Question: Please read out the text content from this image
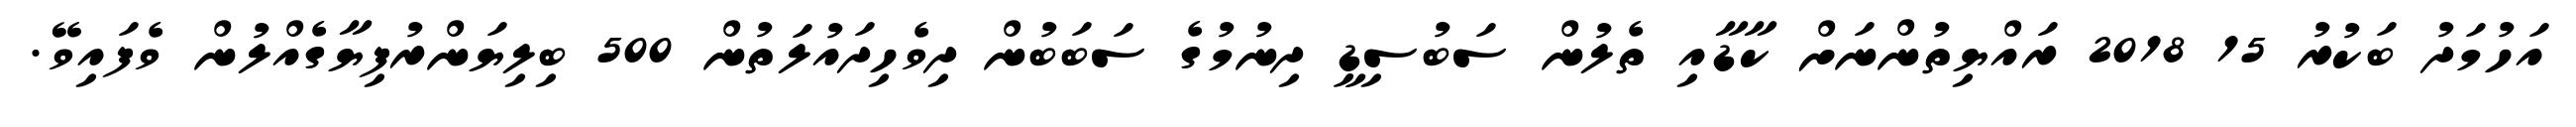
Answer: އަހުމަދު ބަކުރު 15 2018 ރައްޔިތުންނަށް ކާޑާއި ތެލުން ސަބުސިޑީ ދިނުމުގެ ސަބަބުން ދިވެހިދައުލަތުން 500 ބިލިޔަންރުފިޔާގެއްލުން ވެފައިވޭ.